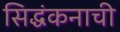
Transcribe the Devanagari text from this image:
सिद्धंकनाची